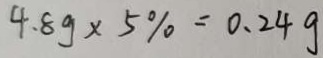
4 . 8 g \times 5 \% = 0 . 2 4 g